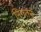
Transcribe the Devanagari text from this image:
निगतन